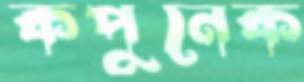
কপুনেক